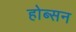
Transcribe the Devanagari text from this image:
होब्सन